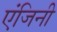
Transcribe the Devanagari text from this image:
एंजिनी